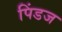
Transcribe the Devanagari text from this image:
पिंडज